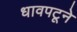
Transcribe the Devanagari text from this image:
धावपटूने